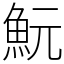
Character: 魭